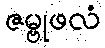
ဇမ္ဗုဖလံ